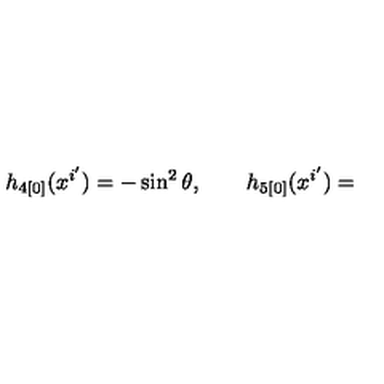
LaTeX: h _ { 4 [ 0 ] } ( x ^ { i ^ { \prime } } ) = - \sin ^ { 2 } \theta , \qquad h _ { 5 [ 0 ] } ( x ^ { i ^ { \prime } } ) =